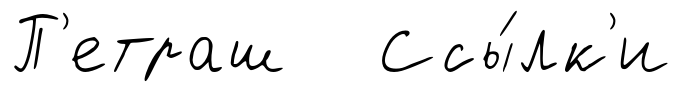
П'етраш Ссы́лк'и